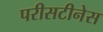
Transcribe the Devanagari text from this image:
परीसटीनेस